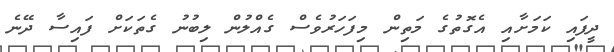
ދީފައި ކަމަށާއި އެގޮތުގެ މަތިން މިފަހަރުވެސް ގެއްލުން ލިބުނު ގެތަކަށް ފައިސާ ދޭނެ